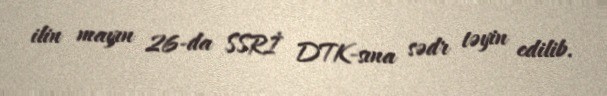
ilin mayın 26-da SSRİ DTK-sına sədr təyin edilib.